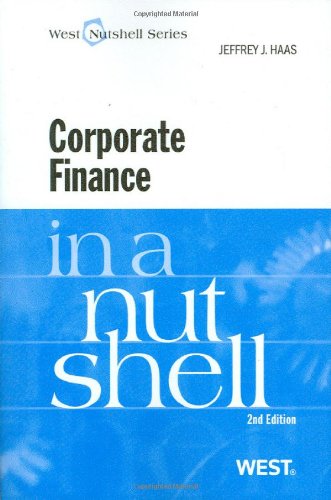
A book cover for Corporate Finance in a Nutshell; Jeffrey Haas; Business & Money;